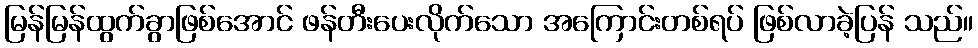
မြန်မြန်ထွက်ခွာဖြစ်အောင် ဖန်တီးပေးလိုက်သော အကြောင်းတစ်ရပ် ဖြစ်လာခဲ့ပြန် သည်။